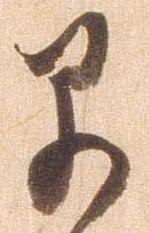
早